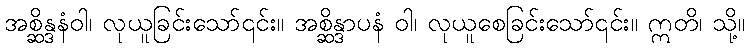
အစ္ဆိန္ဒနံဝါ၊ လုယူခြင်းသော်၎င်း။ အစ္ဆိန္ဒာပနံ ဝါ၊ လုယူစေခြင်းသော်၎င်း။ ဣတိ၊ သို့။